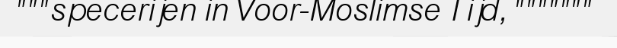
"""specerijen in Voor-Moslimse Tijd, """""""